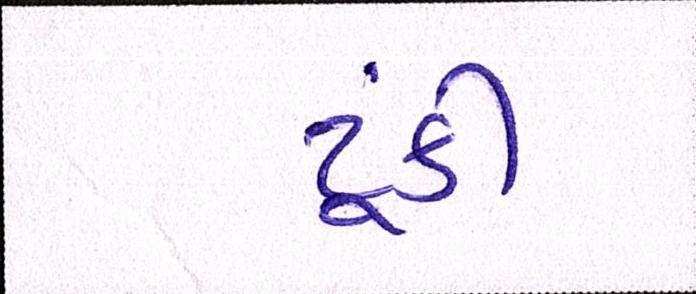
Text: ટૂંકી